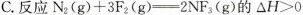
C. 反应N_{2}(g)+3F_{2}(g) \xlongeqaual 2NF_{3}(g)的△H>0